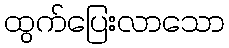
ထွက်ပြေးလာသော